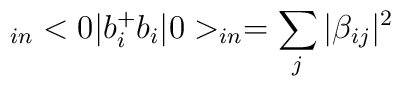
_{in}<0|b_{i}^{+}b_{i}|0>_{in}=\sum_{j}|\beta_{ij}|^{2}